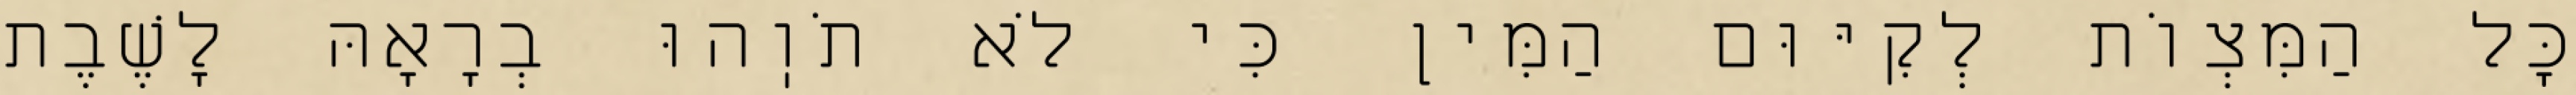
כׇּל הַמִּצְוֹת לְקִיּוּם הַמִּין כִּי לֹא תֹוֽהוּ בְרָאָהּ לָשֶׁבֶת